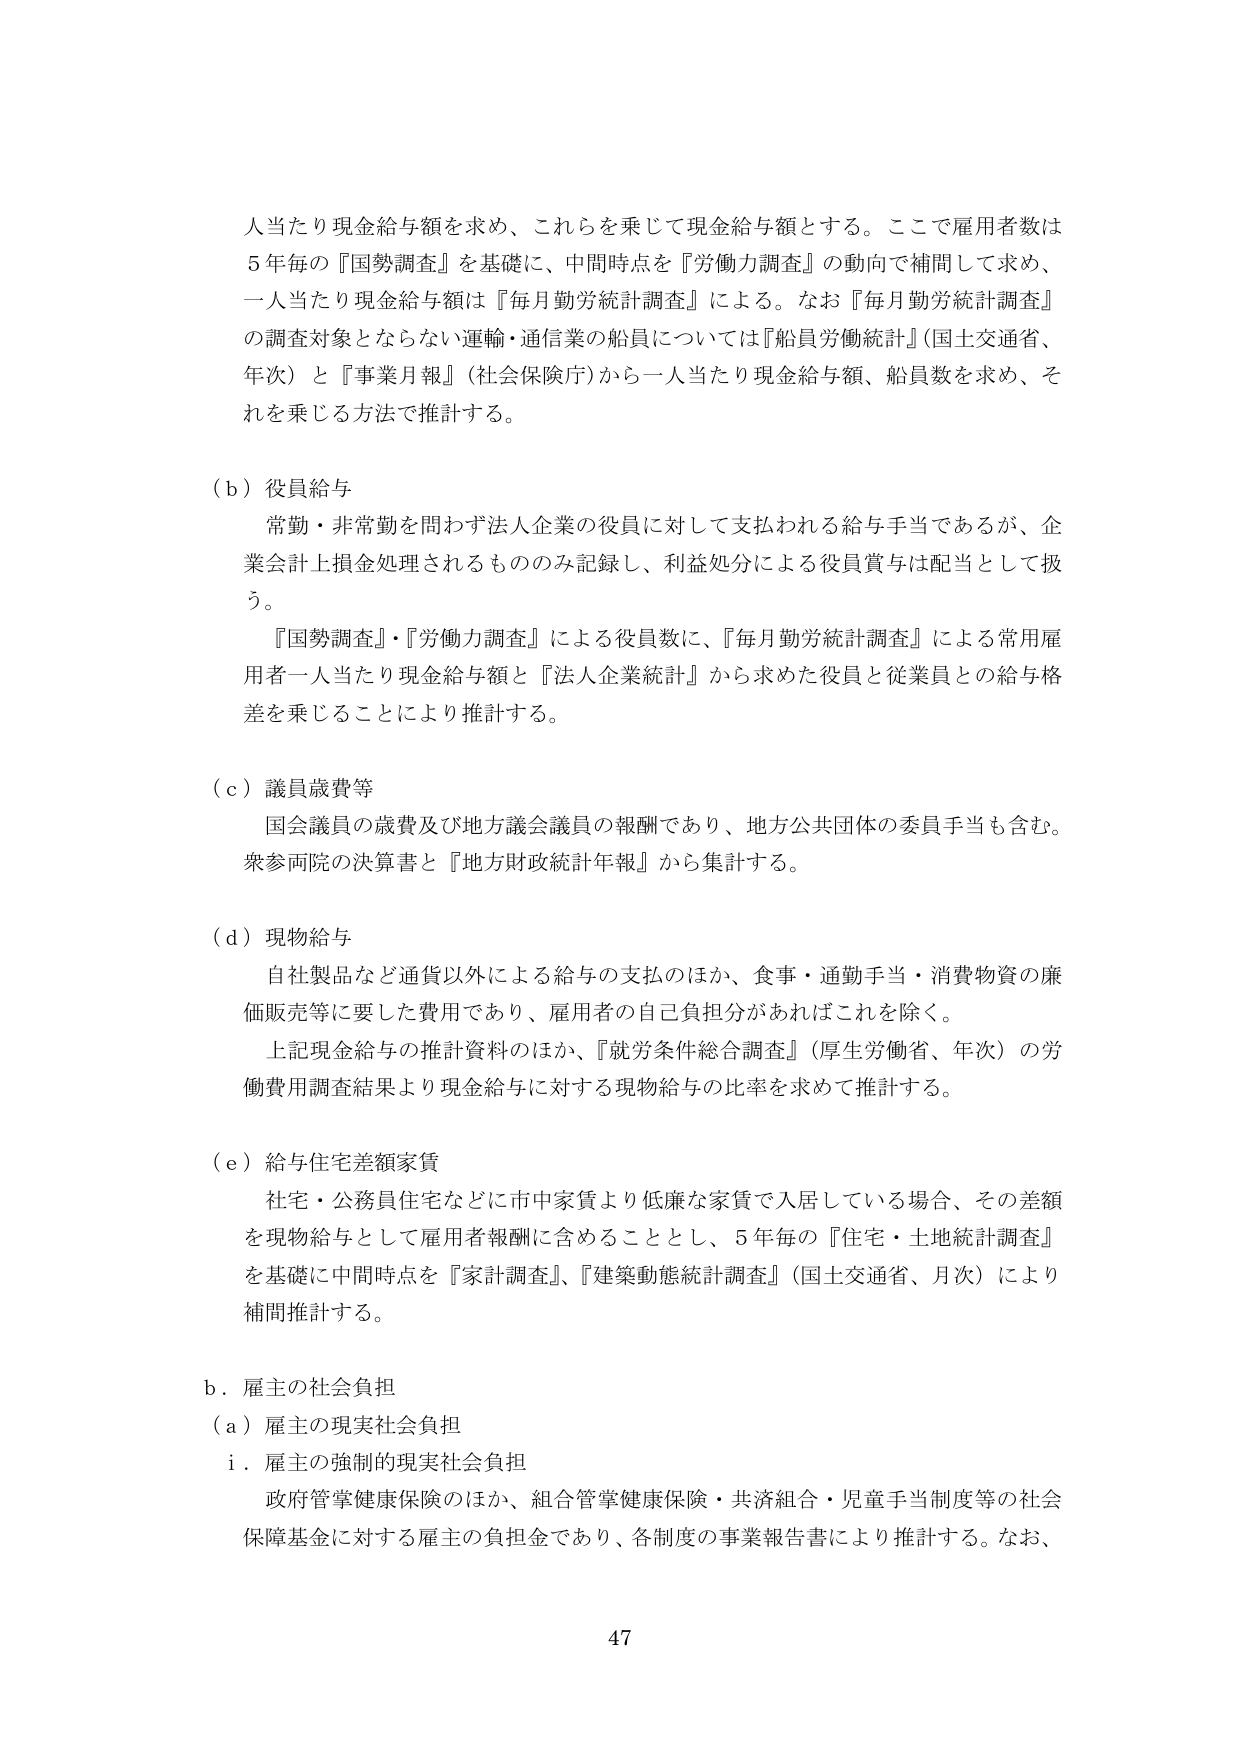
人当たり現金給与額を求め、これらを乗じて現金給与額とする。ここで雇用者数は
5年毎の『国勢調査』を基礎に、中間時点を『労働力調査』の動向で補間して求め、
一人当たり現金給与額は『毎月勤労統計調査』による。なお『毎月勤労統計調査』
の調査対象とならない運輸・通信業の船員については『船員労働統計』（国土交通省、
年次）と『事業月報』（社会保険庁）から一人当たり現金給与額、船員数を求め、そ
れを乗じる方法で推計する。

（ｂ）役員給与
　常勤・非常勤を問わず法人企業の役員に対して支払われる給与手当であるが、企
業会計上損金処理されるもののみ記録し、利益処分による役員賞与は配当として扱
う。
　『国勢調査』・『労働力調査』による役員数に、『毎月勤労統計調査』による常用雇
用者一人当たり現金給与額と『法人企業統計』から求めた役員と従業員との給与格
差を乗じることにより推計する。

（ｃ）議員歳費等
　国会議員の歳費及び地方議会議員の報酬であり、地方公共団体の委員手当も含む。
衆参両院の決算書と『地方財政統計年報』から集計する。

（ｄ）現物給与
　自社製品など通貨以外による給与の支払のほか、食事・通勤手当・消費物資の廉
価販売等に要した費用であり、雇用者の自己負担分があればこれを除く。
　上記現金給与の推計資料のほか、『就労条件総合調査』（厚生労働省、年次）の労
働費用調査結果より現金給与に対する現物給与の比率を求めて推計する。

（ｅ）給与住宅差額家賃
　社宅・公務員住宅などに市中家賃より低廉な家賃で入居している場合、その差額
を現物給与として雇用者報酬に含めることとし、5年毎の『住宅・土地統計調査』
を基礎に中間時点を『家計調査』、『建築動態統計調査』（国土交通省、月次）により
補間推計する。

ｂ．雇主の社会負担
（ａ）雇主の現実社会負担
　ｉ．雇主の強制的現実社会負担
　　政府管掌健康保険のほか、組合管掌健康保険・共済組合・児童手当制度等の社会
　　保障基金に対する雇主の負担金であり、各制度の事業報告書により推計する。なお、

47